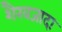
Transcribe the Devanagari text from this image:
शैखजादा